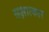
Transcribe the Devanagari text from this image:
सक्षात्कार